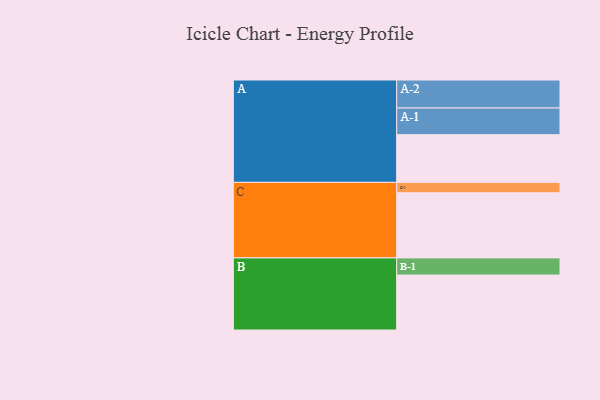
{"axis": {"x": "Segment", "y": "Value"}, "legend": ["", "A", "B", "C"], "data": [{"x": "A", "y": 334, "type": ""}, {"x": "B", "y": 385, "type": ""}, {"x": "C", "y": 456, "type": ""}, {"x": "A-1", "y": 187, "type": "A"}, {"x": "A-2", "y": 196, "type": "A"}, {"x": "B-1", "y": 120, "type": "B"}, {"x": "C-1", "y": 73, "type": "C"}]}